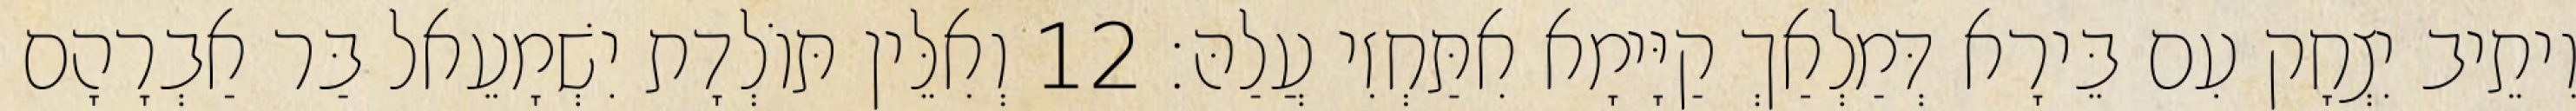
וִיתֵיב יִצְחָק עִם בֵּירָא דְּמַלְאַךְ קַיָּימָא אִתַּחְזִי עֲלַהּ׃ 12 וְאִלֵּין תּוֹלְדָת יִשְׁמָעֵאל בַּר אַבְרָהָם